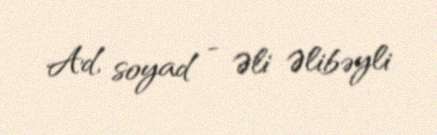
Ad, soyad - Əli Əlibəyli